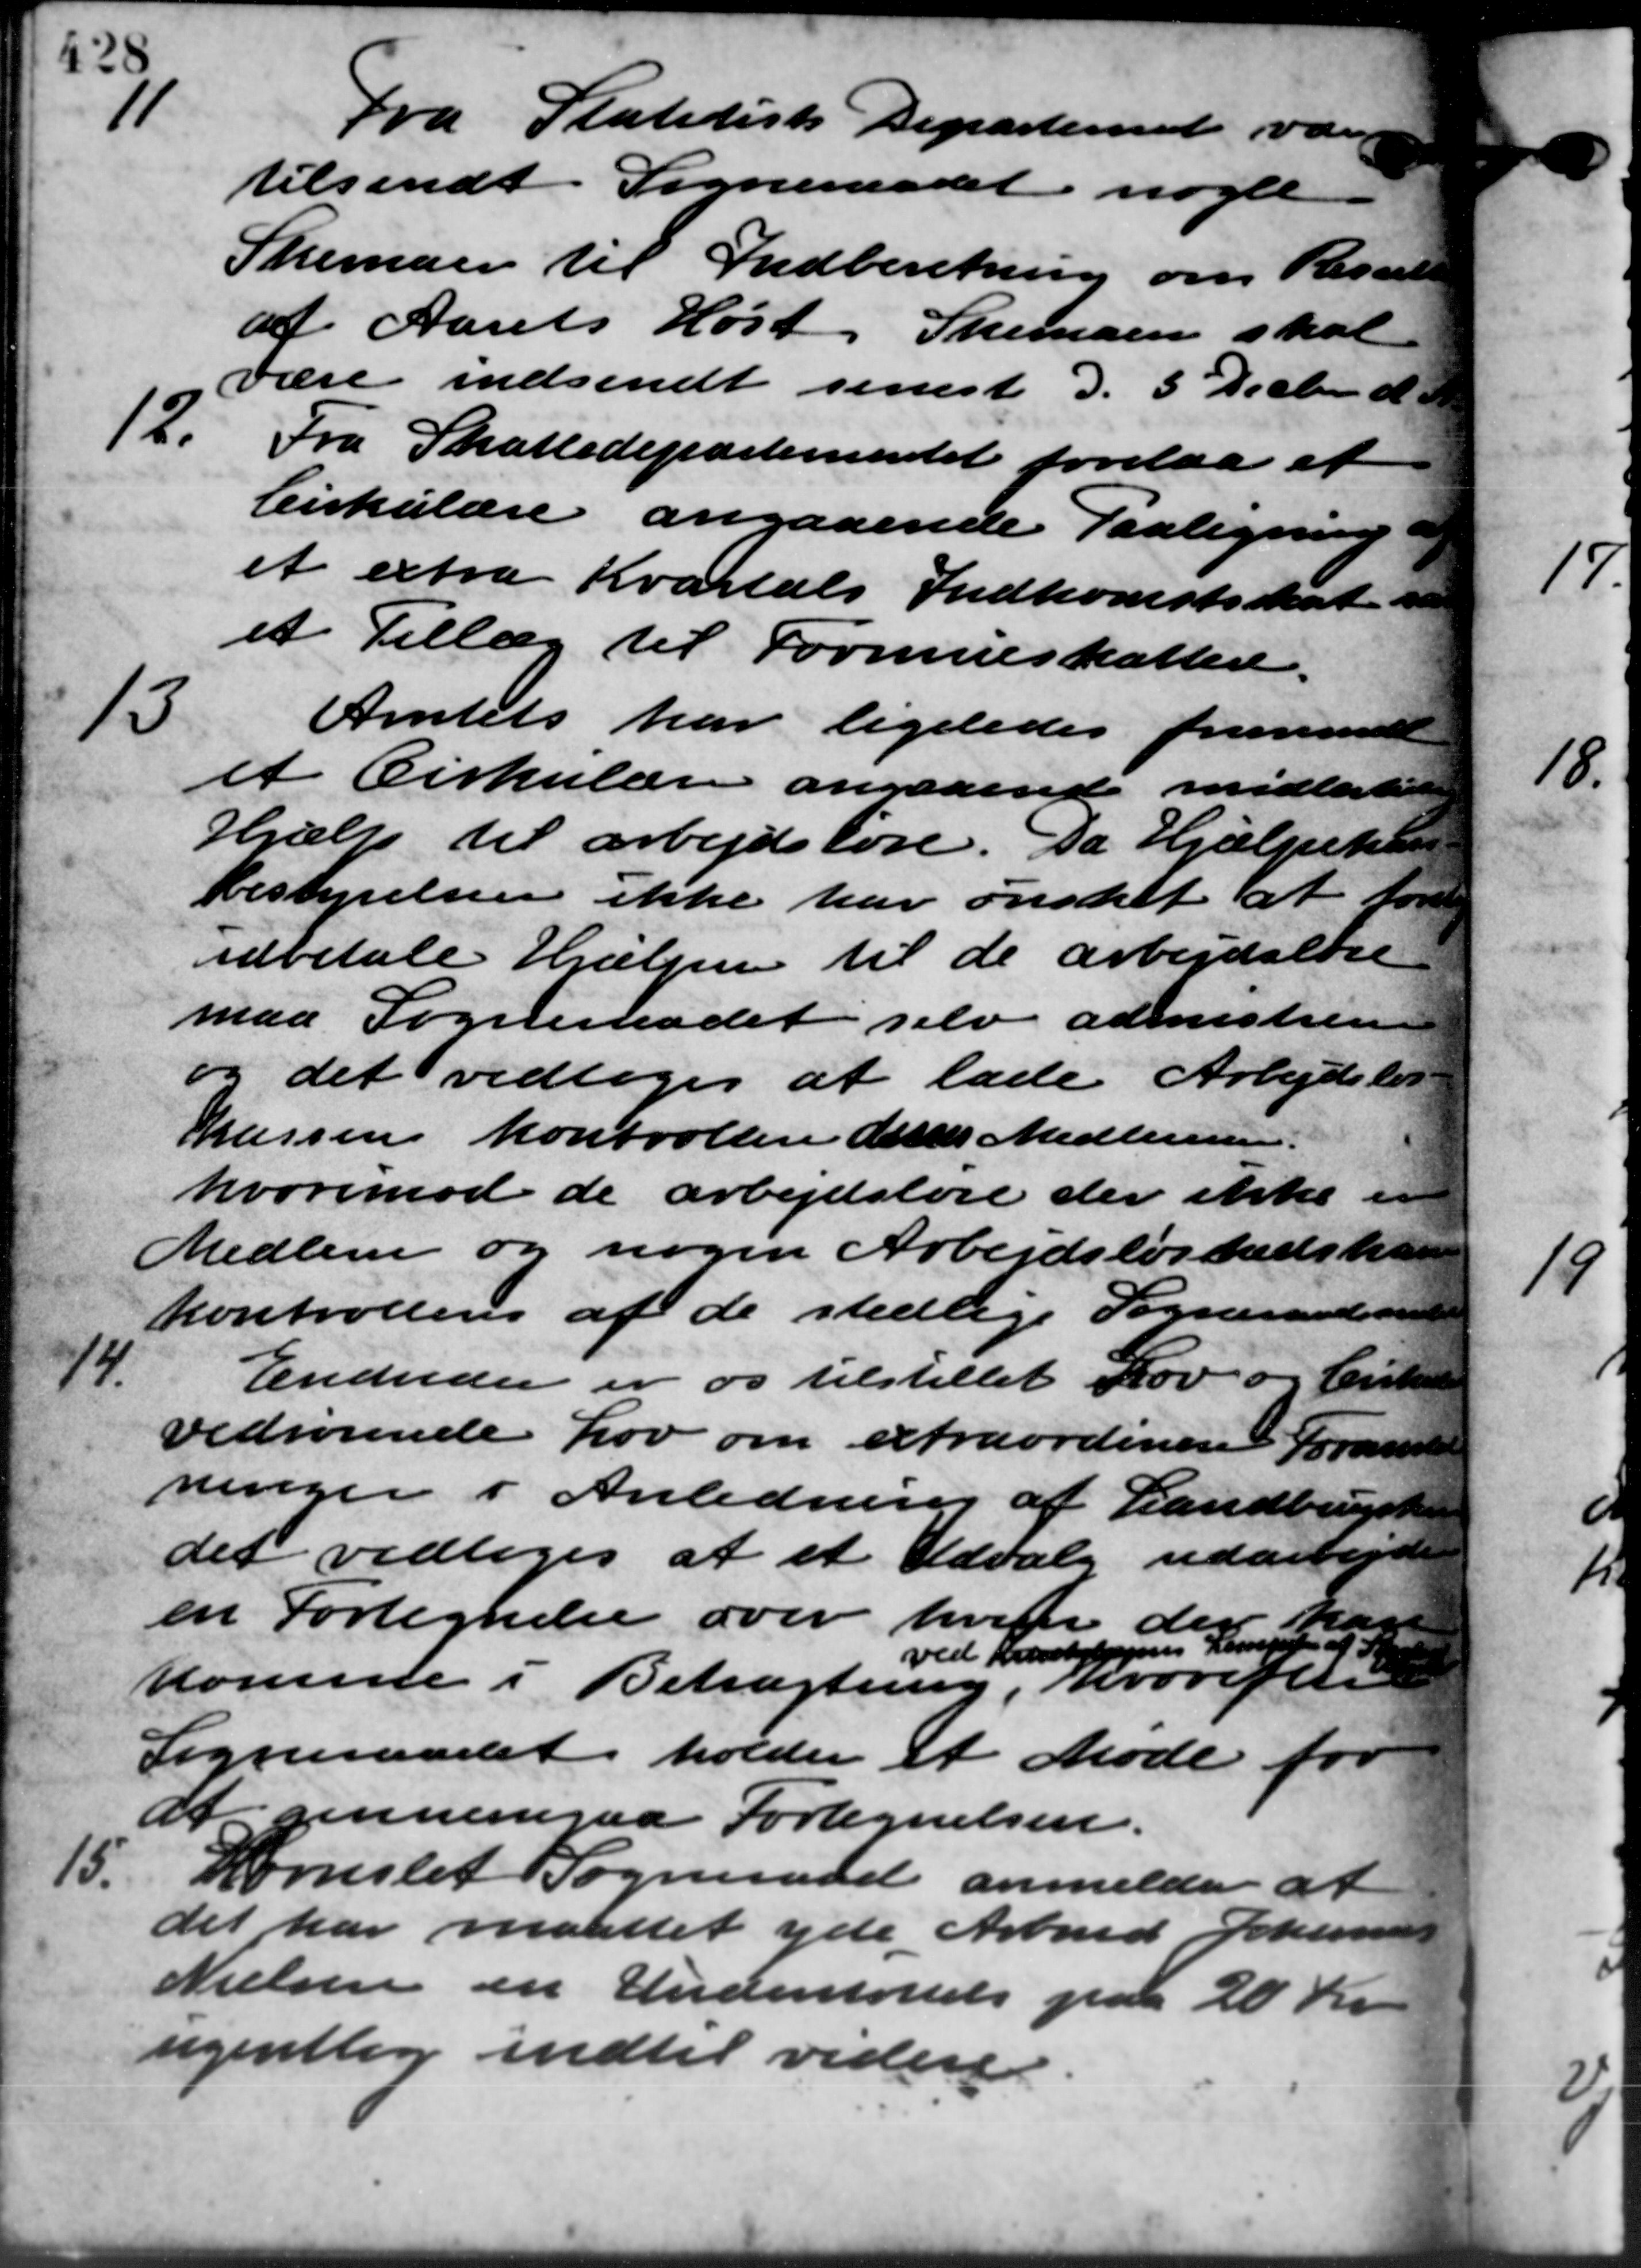
Transskription:
Fra Statitisk Departemet være
tilsendt Sogneraadet nogle
Skemaer til Indberetning om Result
af Aarets Høst, Skemaen skal
være indsendt senest d. 3 Decbr. d. A.
12.
Fra Skattedepartementet forelaa et
Cirkulære angaaende Paaligning.
et extra Kvartals Indkomstsskat i
et Tillæg til Formueskatten.
13
Amtets har ligeledes fremsende
et Cirkulære angaaende midlertide
Hjælp til arbejdsløse. Da Hjælpekass
bestyrelsen ikke har ønsket at for
udbetale Hjælpen til de arbejdsløse
maa Sogneraadet selv admistren
og det vedtoges at lade Arbejdsløs-
Larsen kontroller dettes Medlemmer.
hvorimod de arbejdsløse der ikke er
Medlem og nogen Arbejdsløshedskom
kontrollen af de stedlige Sogneraadsmøde
14.
Endvider er os tilstillet Lov og Cirkulære
vedrørende Lov om extraordinere Foranstal
ninger i Anledning af Landbrugst
det vedtoges at et Udvalg udarbejde
en Fortegnelse over hvem de
kar
ved Karebelspens Lenteren af
komne i Betragtning, hvorefter
Sogneraadet holder et Møde for
at gennemgaa Fortegnelsen.
15.
Kornslet Sogneraad anmelder at
det har maattet yde Arbmd. Johannesen
Nielsen en Understøttelse paa 20 Kr.
ugentlig indtil videre